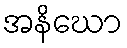
အနိဃော